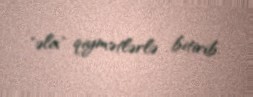
"əla" qiymətlərlə bitirib.